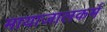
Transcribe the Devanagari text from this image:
मायाजालकर्म